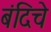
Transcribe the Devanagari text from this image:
बंदिचे